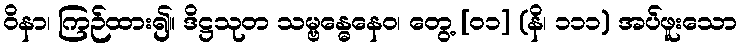
ဝိနာ၊ ကြဉ်ထား၍။ ဒိဋ္ဌသုတ သမ္ဗန္ဓေနေဝ၊ တွေ့ [၀၁] (နိ၊ ၁၁၁) အပ်ဖူးသော